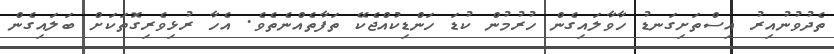
ތެދުވުނުއިރު އިސްތަށިގަނޑު ހާވާލައިގެން ހުރުމުން ކުޑަ ހަންޑިކުއްޖެކޭ ތަފާތެއްނެތެވެ. އެހާ ރުޅިވެރިގޮތަކަށް ބަލައިގެން